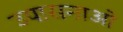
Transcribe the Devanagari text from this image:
उपासनाओ